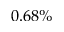
0 . 6 8 \%